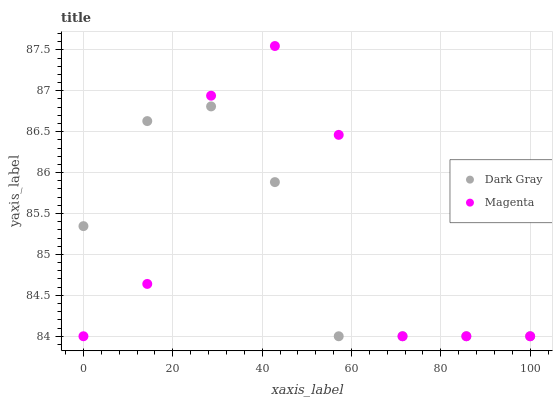
| xaxis_label | Dark Gray | Magenta |
 | --- | --- | --- |
 | 0 | 85.3 | 84 |
 | 14.3 | 86.6 | 84.6 |
 | 28.6 | 86.8 | 86.9 |
 | 42.9 | 85.9 | 87.5 |
 | 57.1 | 84 | 86.5 |
 | 71.4 | 84 | 84 |
 | 85.7 | 84 | 84 |
 | 100 | 84 | 84 |